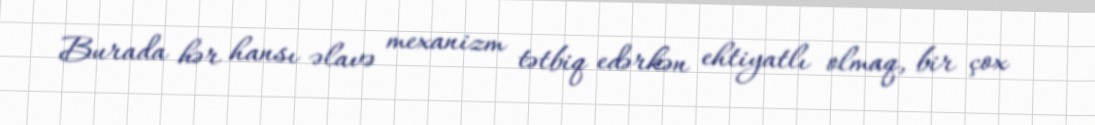
Burada hər hansı əlavə mexanizm tətbiq edərkən ehtiyatlı olmaq, bir çox